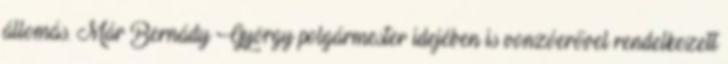
állomás. Már Bernády György polgármester idejében is vonzóerővel rendelkezett